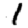
Digit: 1